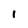
Character: 1